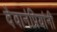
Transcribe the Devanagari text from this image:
देवानंप्रियांनी